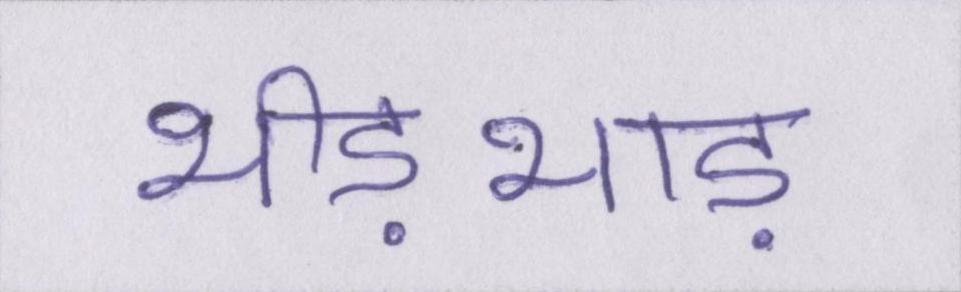
भीड़भाड़